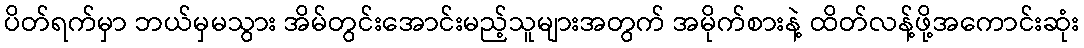
ပိတ်ရက်မှာ ဘယ်မှမသွား အိမ်တွင်းအောင်းမည့်သူများအတွက် အမိုက်စားနဲ့ ထိတ်လန့်ဖို့အကောင်းဆုံး